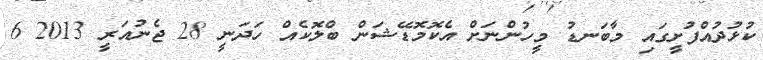
ކުޅުދުއްފުށީގައި މާބަނޑު މީހުންނަށް އެކޮމޮޑޭޝަން ބްލޮކެއް ހަދަނީ 28 ޖެނުއަރީ 2013 6